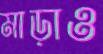
মাড়াও